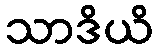
သာဒိယိ